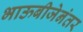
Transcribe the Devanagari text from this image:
भाऊबीजेनंतर